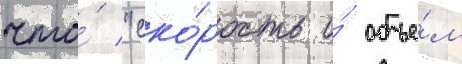
что́ "ско́рость и́ объе́м